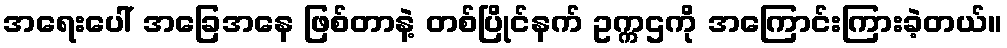
အရေးပေါ် အခြေအနေ ဖြစ်တာနဲ့ တစ်ပြိုင်နက် ဥက္ကဌကို အကြောင်းကြားခဲ့တယ်။